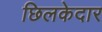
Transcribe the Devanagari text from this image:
छिलकेदार